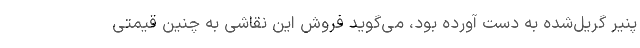
پنیر گریل‌شده به دست آورده بود، می‌گوید فروش این نقاشی به چنین قیمتی